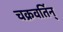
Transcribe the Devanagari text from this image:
चक्रवर्तिन्